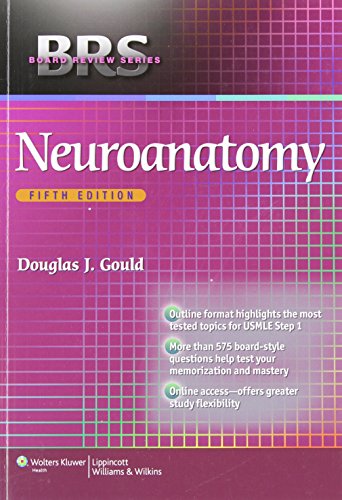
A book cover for BRS Neuroanatomy (Board Review Series); Douglas J. Gould PhD; Medical Books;